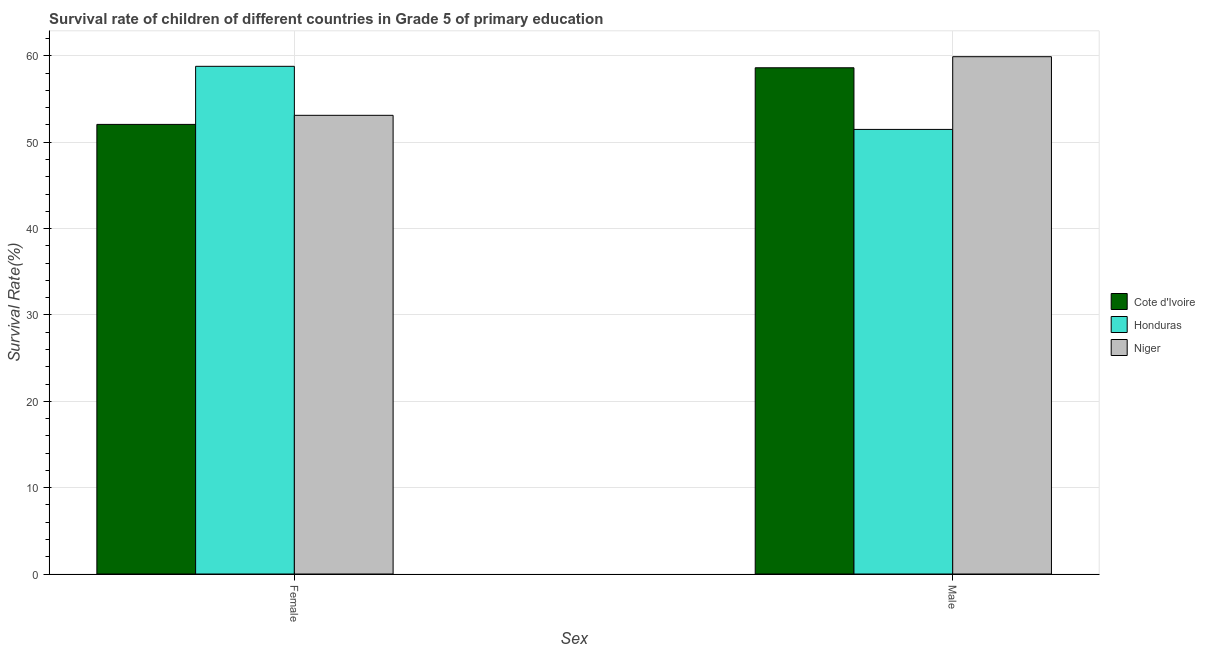
| Sex | Cote d'Ivoire | Honduras | Niger |
 | --- | --- | --- | --- |
 | Female | 52.1 | 58.8 | 53.1 |
 | Male | 58.6 | 51.5 | 59.9 |